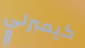
كيمبرلي